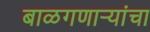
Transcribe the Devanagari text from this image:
बाळगणाऱ्यांचा